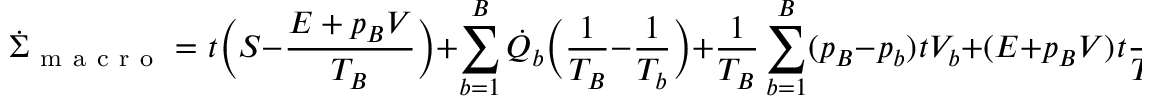
\dot { \Sigma } _ { \mathrm { ~ m ~ a ~ c ~ r ~ o ~ } } = \d _ { t } \bigg ( S - \frac { E + p _ { B } V } { T _ { B } } \bigg ) + \sum _ { b = 1 } ^ { B } \dot { Q } _ { b } \bigg ( \frac { 1 } { T _ { B } } - \frac { 1 } { T _ { b } } \bigg ) + \frac { 1 } { T _ { B } } \sum _ { b = 1 } ^ { B } ( p _ { B } - p _ { b } ) \d _ { t } V _ { b } + ( E + p _ { B } V ) \d _ { t } \frac { 1 } { T _ { B } } + \frac { V } { T _ { B } } \d _ { t } p _ { B } \geq 0 \, .